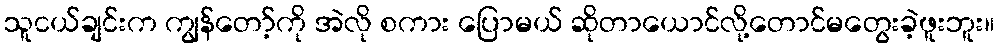
သူငယ်ချင်းက ကျွန်တော့်ကို အဲလို စကား ပြောမယ် ဆိုတာယောင်လို့တောင်မတွေးခဲ့ဖူးဘူး။